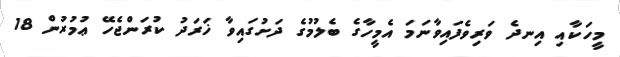
މީހަކާއި އިނދެ ވަރިވެފައިވާނަމަ އެމީހާގެ ބެލުމުގެ ދަށުގައިވާ ޚަރަދު ކުރަންޖެހޭ ޢުމުރުން 18